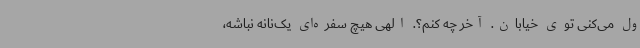
ول می‌کنی توی خیابان. آخر چه کنم؟. الهی هیچ سفره‌ای یک‌نانه نباشه،